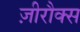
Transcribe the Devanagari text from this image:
ज़ीरौक्स